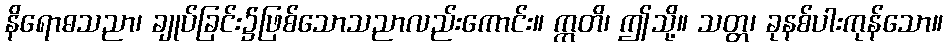
နိရောဓသညာ၊ ချုပ်ခြင်း၌ဖြစ်သောသညာလည်းကောင်း။ ဣတိ၊ ဤသို့။ သတ္တ၊ ခုနစ်ပါးကုန်သော။